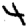
Digit: 4